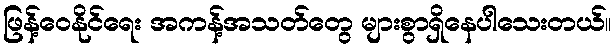
ဖြန့်ဝေနိုင်ရေး အကန့်အသတ်တွေ များစွာရှိနေပါသေးတယ်။